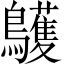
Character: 鸌